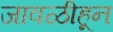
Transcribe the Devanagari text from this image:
जावळीहून